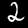
Digit: 2